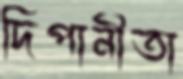
দিপানীতা